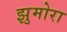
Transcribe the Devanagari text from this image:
झुमोरा